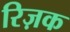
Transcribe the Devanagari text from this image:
रिज़क